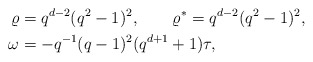
\begin{align*}\varrho &= q^{d-2}(q^2-1)^2, \qquad \varrho^* = q^{d-2}(q^2-1)^2,\\\omega &= - q^{-1} (q-1)^2 (q^{d+1}+1) \tau,\end{align*}